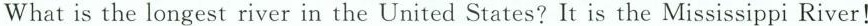
What is the longest river in the United States? It is the Mississippi River!